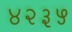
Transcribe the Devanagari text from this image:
४२३५